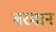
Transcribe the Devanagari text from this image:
बरमान